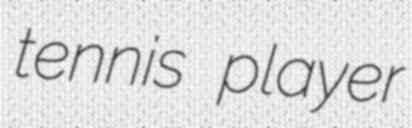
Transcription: tennis player